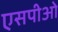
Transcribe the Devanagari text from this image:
एसपीओ